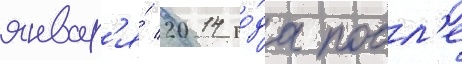
январ'я́ 2014 го́да посл'е